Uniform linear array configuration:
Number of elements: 24
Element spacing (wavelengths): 0.5
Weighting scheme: blackman
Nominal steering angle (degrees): -30
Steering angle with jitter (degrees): -29.056
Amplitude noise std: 0.05
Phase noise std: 0.05

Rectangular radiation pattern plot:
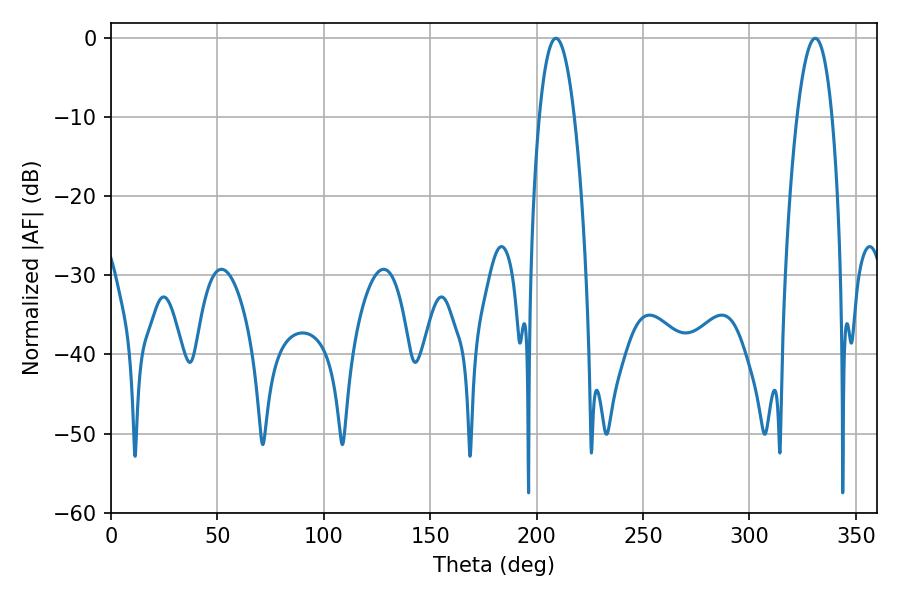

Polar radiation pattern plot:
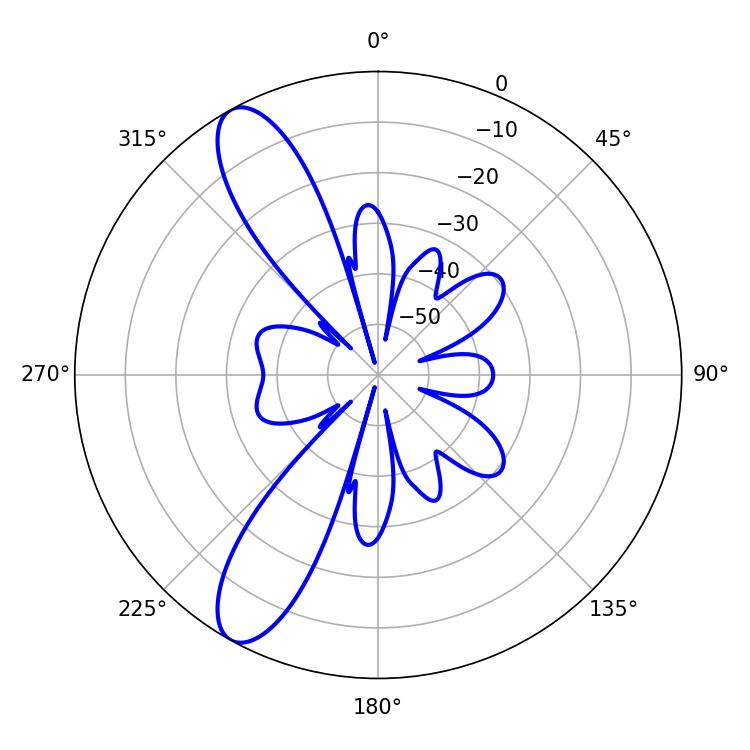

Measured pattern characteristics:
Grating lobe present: FALSE
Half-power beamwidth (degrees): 9
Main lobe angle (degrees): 209.16